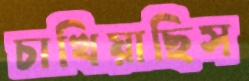
চাখিয়াছিস